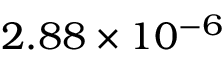
2 . 8 8 \times 1 0 ^ { - 6 }